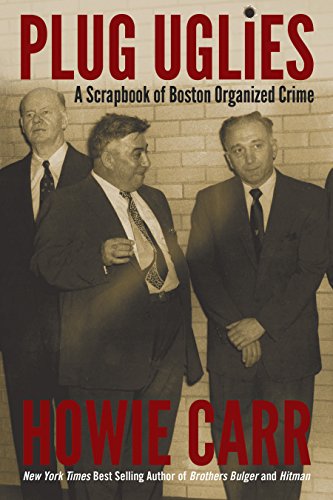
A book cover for Plug Uglies; Howie Carr; Biographies & Memoirs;